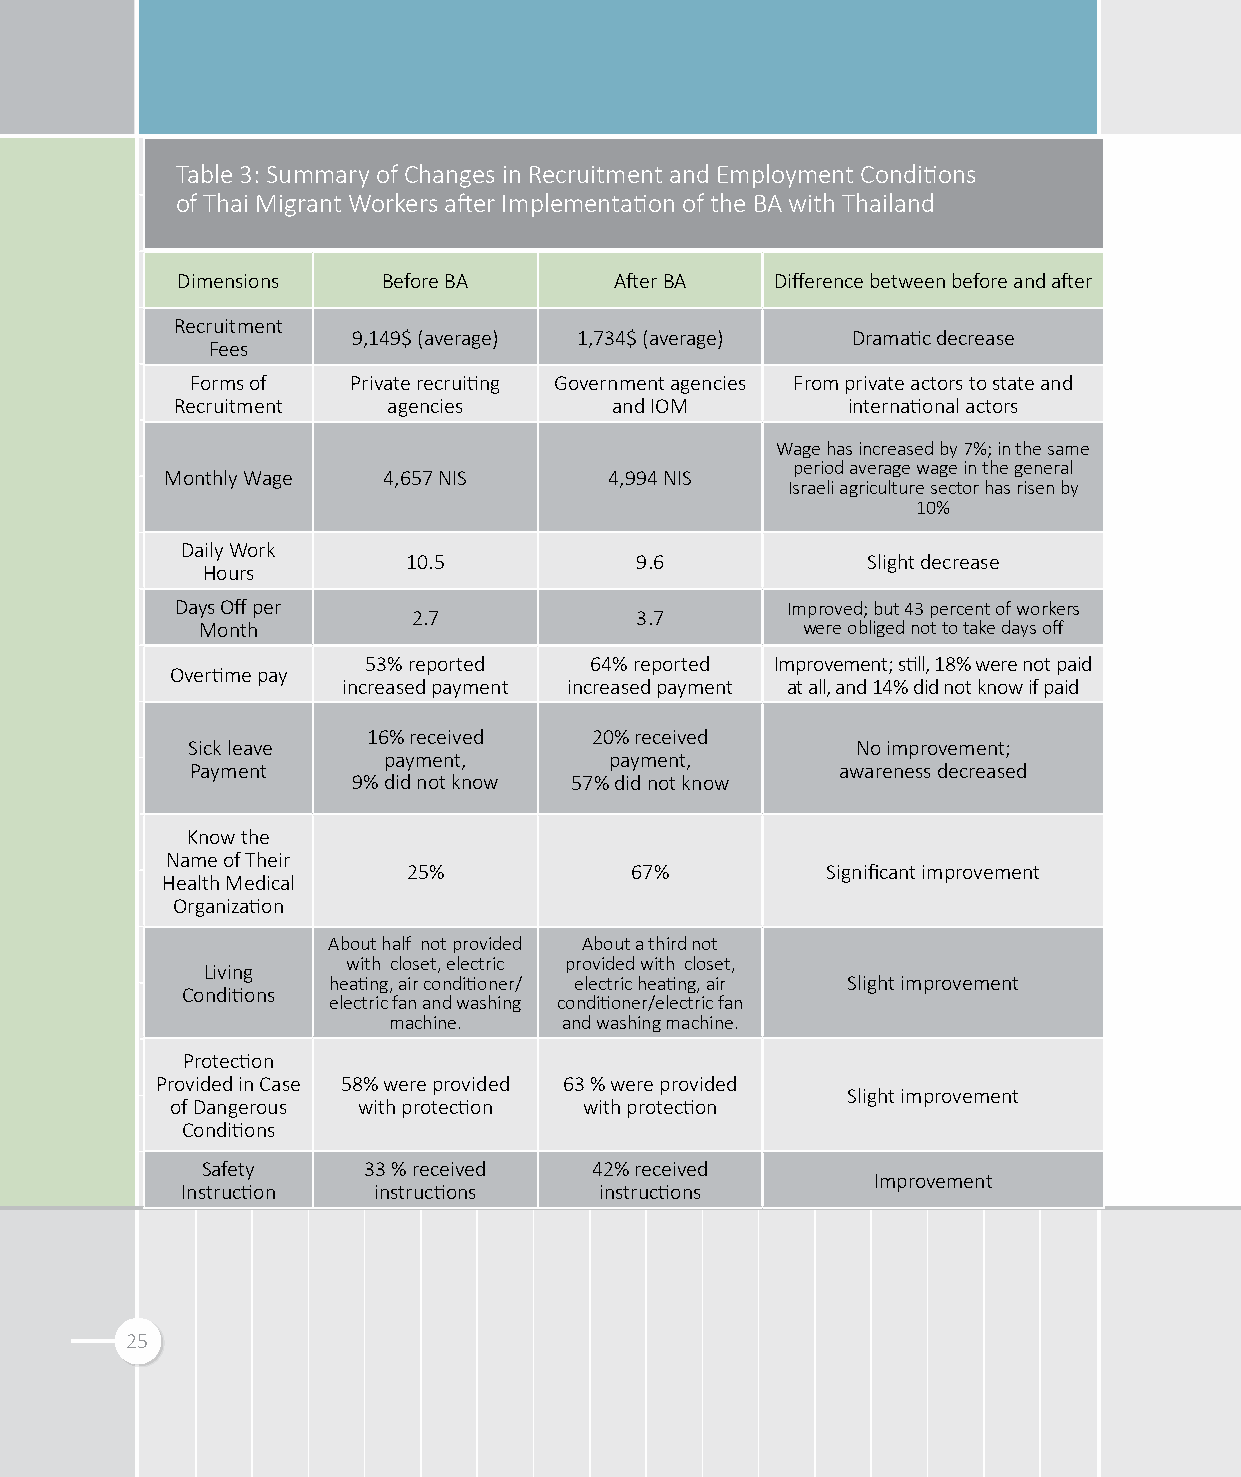
Table 3: Summary of Changes in Recruitment and Employment Conditions
 of Thai Migrant Workers after Implementation of the BA with Thailand
 Dimensions   Before BA       After BA  Difference between before and after
 Recruitment
 9,149$ (average) 1,734$ (average) Dramatic decrease
 Fees
 Forms of  Private recruiting Government agencies From private actors to state and
 Recruitment   agencies      and IOM         international actors
 Wage has increased by 7%; in the same
 period average wage in the general
 Monthly Wage  4,657 NIS      4,994 NIS
 Israeli agriculture sector has risen by
 10%
 Daily Work
 10.5           9.6            Slight decrease
 Hours
 Days Off per                            Improved; but 43 percent of workers
 2.7            3.7
 Month                                   were obliged not to take days off
 53% reported   64% reported Improvement; still, 18% were not paid
 Overtime pay
 increased payment increased payment at all, and 14% did not know if paid
 16% received   20% received
 Sick leave                                   No improvement;
 payment,       payment,
 Payment                                    awareness decreased
 9% did not know 57% did not know
 Know the
 Name of Their
 25%            67%          Significant improvement
 Health Medical
 Organization
 About half not provided About a third not
 with closet, electric provided with closet,
 Living
 heating, air conditioner/ electric heating, air Slight improvement
 Conditions
 electric fan and washing conditioner/electric fan
 machine.   and washing machine.
 Protection
 Provided in Case 58% were provided 63 % were provided
 Slight improvement
 of Dangerous with protection with protection
 Conditions
 Safety     33 % received  42% received
 Improvement
 Instruction  instructions   instructions
 25